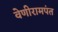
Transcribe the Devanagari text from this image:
वेणीरामपंत